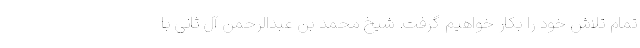
تمام تلاش خود را بکار خواهیم گرفت. شیخ محمد بن عبدالرحمن آل ثانی با